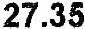
27.35